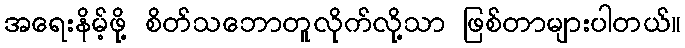
အရေးနိမ့်ဖို့ စိတ်သဘောတူလိုက်လို့သာ ဖြစ်တာများပါတယ်။